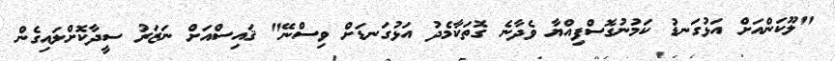
"ލޫކަންއަށް އަޅުގަނޑު ކަމުނުގޮސްފިއްޔާ ވެދާނެ ގޮތަކާމެދު އަޅުގަނޑަށް ވިސްނޭ" ޤައިސްއަށް ނަޒަރު ސީދާކޮށްލައިގެން